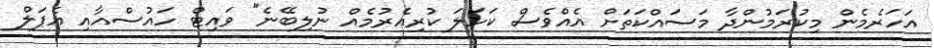
އަހަރެމެން މިކުރަމުންދާ މަސައްކަތަށް އެއްވެސް ކަހަލަ ކުރިއެރުމެއް ނުލިބޭނެ" ވައިޓް ހައުސްއާއި އެޕަލް